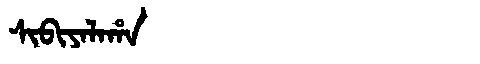
Manchu: ᠰᡳᠪᡳᠶᠠᠯᠠᡥᠠ
Romanization: SIBIYALAHA